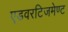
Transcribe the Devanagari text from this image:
एडवरटिजमेण्ट